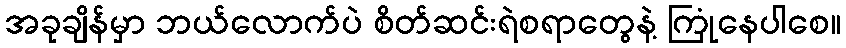
အခုချိန်မှာ ဘယ်လောက်ပဲ စိတ်ဆင်းရဲစရာတွေနဲ့ ကြုံနေပါစေ။